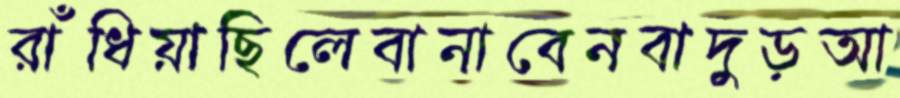
রাঁধিয়াছিলেবানাবেনবাদুড়আ